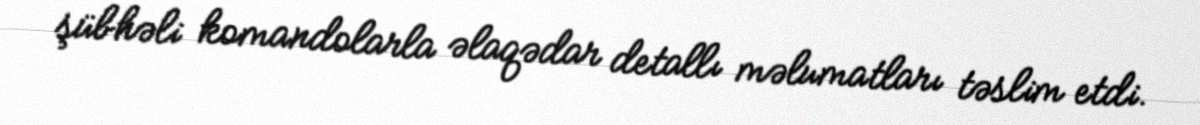
şübhəli komandolarla əlaqədar detallı məlumatları təslim etdi.